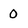
Character: 0